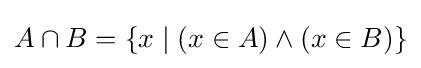
A\cap B=\{x\mid (x\in A)\land (x\in B)\}